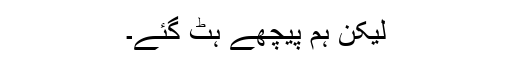
لیکن ہم پیچھے ہٹ گئے۔